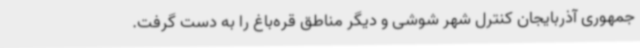
جمهوری آذربایجان کنترل شهر شوشی و دیگر مناطق قره‌باغ را به دست گرفت.